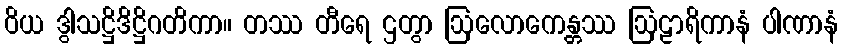
ဝိယ ဒွါသဋ္ဌိဒိဋ္ဌိဂတိကာ။ တဿ တီရေ ဌတွာ ဩလောကေန္တဿ ဩဠာရိကာနံ ပါဏာနံ